Source: Handwritten
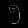
Digit: ၅ (5)